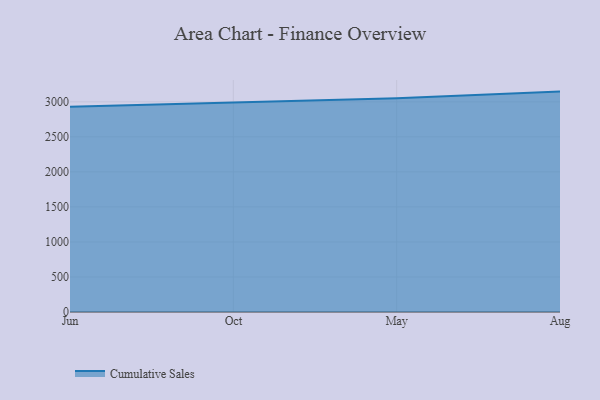
{"axis": {"x": "Month", "y": "Production Output"}, "legend": ["Cumulative Sales"], "data": [{"x": "Jun", "y": 2928.5, "type": "Cumulative Sales"}, {"x": "Oct", "y": 2989.3, "type": "Cumulative Sales"}, {"x": "May", "y": 3049.9, "type": "Cumulative Sales"}, {"x": "Aug", "y": 3146.3, "type": "Cumulative Sales"}]}